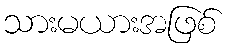
သားမယားအဖြစ်